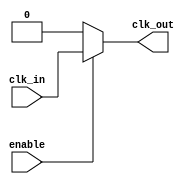
module ClockBuffer (
    input wire clk_in,      // Single-ended clock input
    input wire enable,      // Enable signal for the buffer
    output wire clk_out     // Buffered clock output
);

// Internal signals for buffering
wire clk_buf;

// Buffering mechanism using inverters and logic gates
// Here we use a simple inverter to demonstrate the concept
// In a real design, you would use more complex logic to achieve better performance
assign clk_buf = enable ? clk_in : 1'b0; // Output 0 when disabled

// Output the buffered clock signal
assign clk_out = clk_buf;

endmodule